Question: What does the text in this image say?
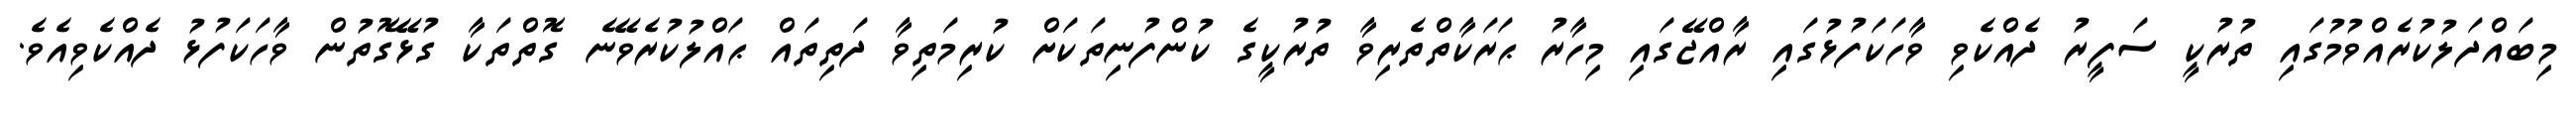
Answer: މިބައްދަލުކުރެއްވުމުގައި ތުރުކީ ސަފީރު ދެއްކެވި ވާހަކަފުޅުގައި ރާއްޖޭގައި މިހާރު ޙަރަކާތްތެރިވާ ތުރުކީގެ ކުންފުނިތަކަށް ކުރިމަތިވާ ދަތިތައް ޙައްލުކުރެވޭނެ ގޮތްތަކާ ގުޅޭގޮތުން ވާހަކަފުޅު ދެއްކެވިއެވެ.